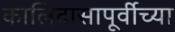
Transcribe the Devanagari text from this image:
कालिदासापूर्वीच्या